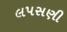
લપસણી